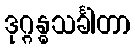
ဒုဂ္ဂန္ဓသင်္ခါတာ